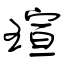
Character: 瑄